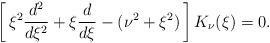
LaTeX: \begin{align*}\left[\,\xi^2{d^2 \over d\xi^2} + \xi{d \over d\xi} -(\nu^2 +\xi^2)\,\right]K_\nu(\xi) = 0.\end{align*}